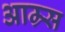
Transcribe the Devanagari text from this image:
आम्र्स